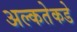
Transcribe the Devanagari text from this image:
अल्कतेकडे